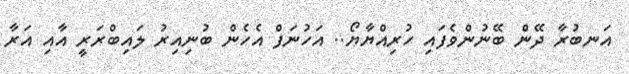
އަނބުރާ ދޭން ބޭނުންވެފައި ހުރިއްޔާޔޯ.. އަހުނަފް އެހެން ބުނިއިރު ލައިބްރަރީ އާއި އަރާ